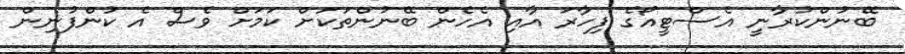
ބޭނުންކުރާނީ އެސްޓީއޯގެ ފިހާރަ އާއި އެހެން ބޭނުންތަކަށް ކަމަށް ވެސް އެ ކުންފުނިން